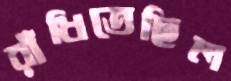
রাঁধিতেছিল